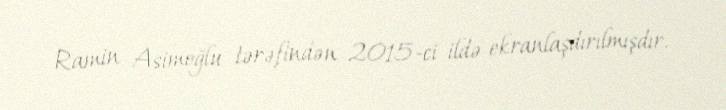
Ramin Asimoğlu tərəfindən 2015-ci ildə ekranlaşdırılmışdır.